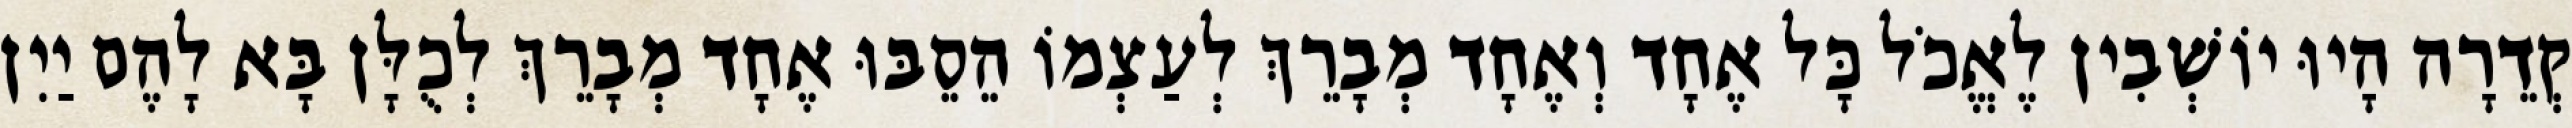
קְדֵרָה הָיוּ יוֹשְׁבִין לֶאֱכֹל כָּל אֶחָד וְאֶחָד מְבָרֵךְ לְעַצְמוֹ הֵסֵבּוּ אֶחָד מְבָרֵךְ לְכֻלָּן בָּא לָהֶם יַיִן